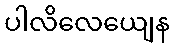
ပါလိလေယျေန